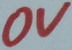
Text: 0V